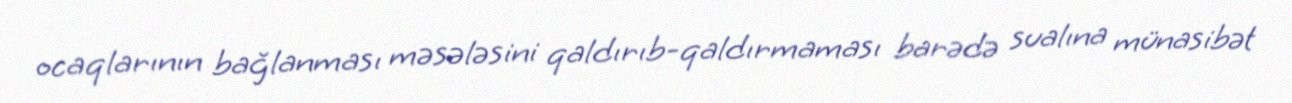
ocaqlarının bağlanması məsələsini qaldırıb-qaldırmaması barədə sualına münasibət